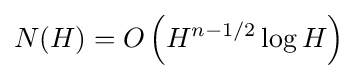
N(H)=O\left({H^{n-1/2}\log H}\right)